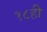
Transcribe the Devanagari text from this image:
१८ही